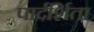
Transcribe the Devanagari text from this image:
पार्दर्शिता